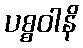
ပစ္စဝါနိ